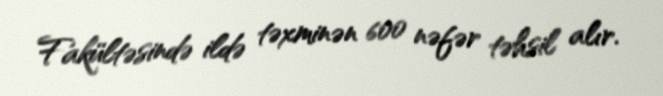
Fakültəsində ildə təxminən 600 nəfər təhsil alır.